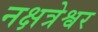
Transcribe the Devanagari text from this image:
नक्षत्रेश्वर